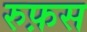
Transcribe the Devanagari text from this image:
रुफ़स